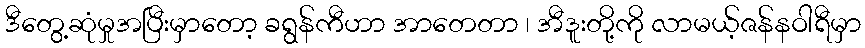
ဒီတွေ့ဆုံမှုအပြီးမှာတော့ ခရွန်ကီဟာ အာတေတာ ၊ အီဒူးတို့ကို လာမယ့်ဇန်နဝါရီမှာ